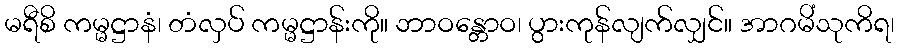
မရီစိ ကမ္မဋ္ဌာနံ၊ တံလှပ် ကမ္မဋ္ဌာန်းကို။ ဘာဝန္တောဝ၊ ပွားကုန်လျက်လျှင်။ အာဂမိံသုကိရ၊